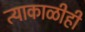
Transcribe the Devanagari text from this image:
त्याकाळीही